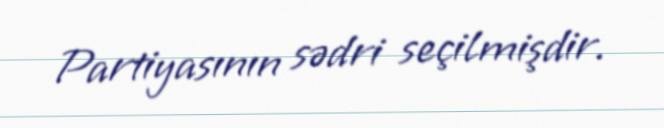
Partiyasının sədri seçilmişdir.